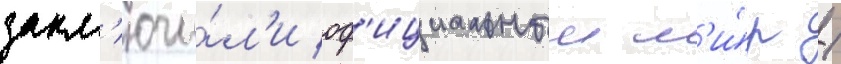
закл'ючи́л'и оф'ициальныи м'и́р /